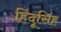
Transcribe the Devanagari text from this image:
हिंदूसिंह